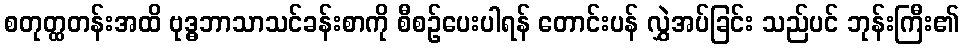
စတုတ္ထတန်းအထိ ဗုဒ္ဓဘာသာသင်ခန်းစာကို စီစဉ်ပေးပါရန် တောင်းပန် လွှဲအပ်ခြင်း သည်ပင် ဘုန်းကြီး၏